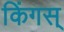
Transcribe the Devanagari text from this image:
किंगस्